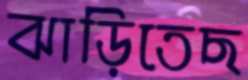
ঝাড়িতেছ